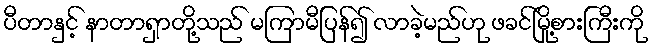
ပီတာနှင့် နာတာရှာတို့သည် မကြာမီပြန်၍ လာခဲ့မည်ဟု ဖခင်မြို့စားကြီးကို